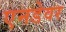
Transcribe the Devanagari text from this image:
एनडेवर